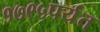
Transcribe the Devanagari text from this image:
१७९५पर्यंत